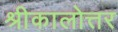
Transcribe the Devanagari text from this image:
श्रीकालोत्तर